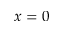
x = 0